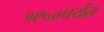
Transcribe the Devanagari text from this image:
१९५०पर्यंत